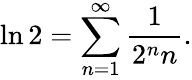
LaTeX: \ln 2=\sum_{n=1}^{\infty}{\frac{1}{2^{n}n}}.